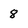
Character: 8